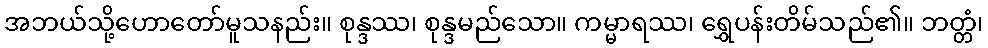
အဘယ်သို့ဟောတော်မူသနည်း။ စုန္ဒဿ၊ စုန္ဒမည်သော။ ကမ္မာရဿ၊ ရွှေပန်းတိမ်သည်၏။ ဘတ္တံ၊